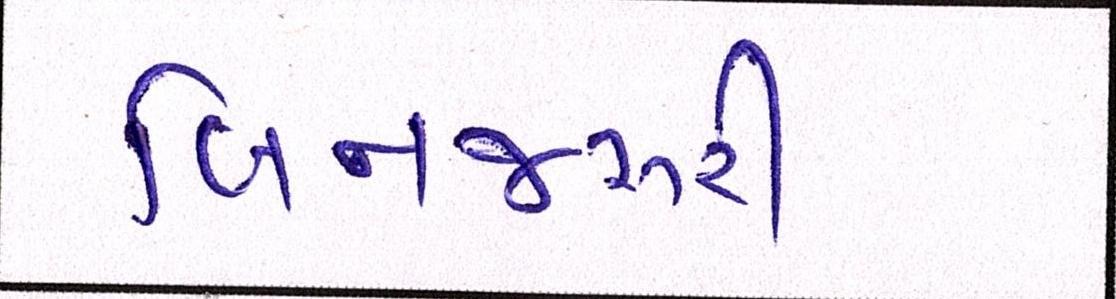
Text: બિનજરૂરી